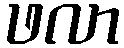
ဖလာ